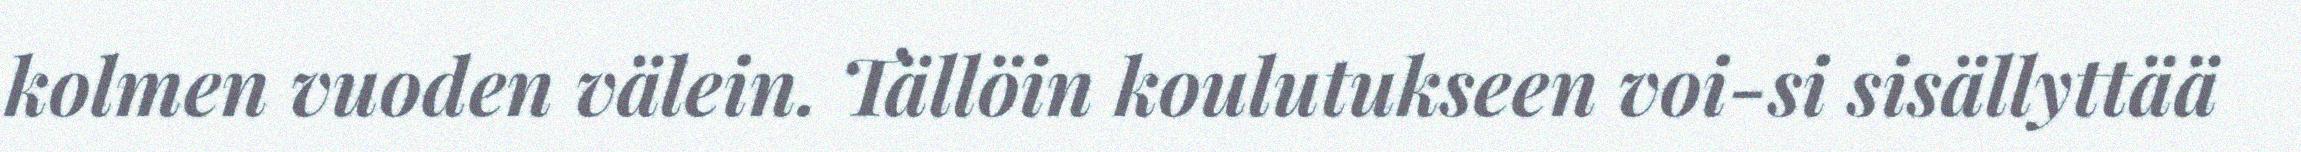
kolmen vuoden välein. Tällöin koulutukseen voi-si sisällyttää